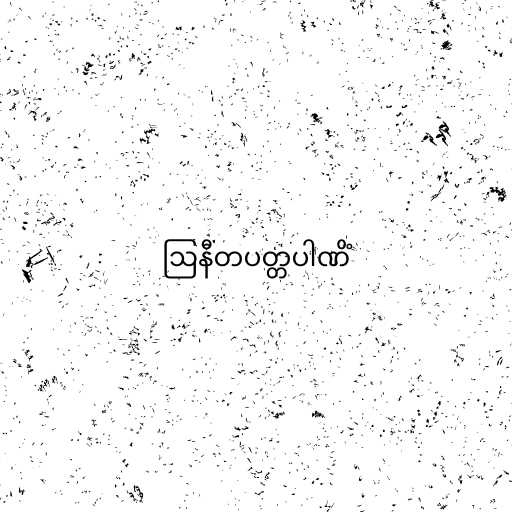
ဩနီတပတ္တပါဏိံ